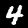
Digit: 4